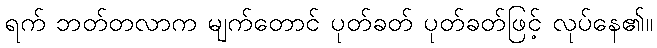
ရက် ဘတ်တလာက မျက်တောင် ပုတ်ခတ် ပုတ်ခတ်ဖြင့် လုပ်နေ၏။